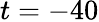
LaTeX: t=-40